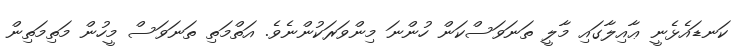
ކަނޑައެޅެނީ ޢާއިލާގައި މާލީ ތަނަވަސްކަން ހުންނަ މިންވަރަކުންނެވެ. އަތްމަތި ތަނަވަސް މީހުން މަތިމަތިން